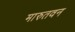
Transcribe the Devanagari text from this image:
मारुतवन